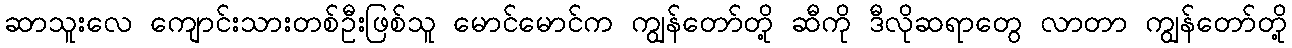
ဆာသူးလေ ကျောင်းသားတစ်ဦးဖြစ်သူ မောင်မောင်က ကျွန်တော်တို့ ဆီကို ဒီလိုဆရာတွေ လာတာ ကျွန်တော်တို့